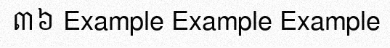
៣៦ Example Example Example